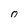
Character: 0